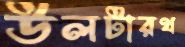
উলটারথ